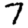
Digit: 7